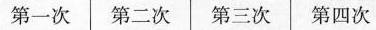
第一次 第二次 第三次 第四次